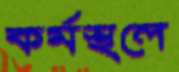
কর্মস্থলে